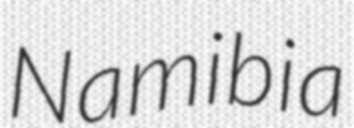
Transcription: Namibia